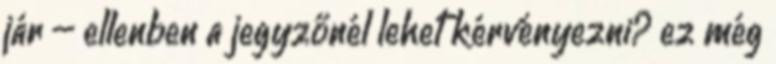
jár – ellenben a jegyzőnél lehet kérvényezni? ez még